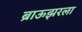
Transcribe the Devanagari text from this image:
ब्राऊझरला